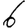
Digit: 6